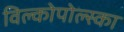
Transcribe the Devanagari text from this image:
विल्कोपोल्स्का